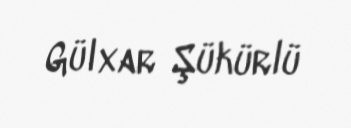
Gülxar Şükürlü